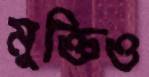
মুক্তিও